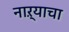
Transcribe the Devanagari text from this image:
नाऱ्याचा